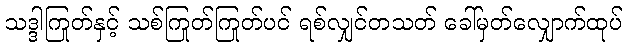
သဒ္ဒါကြုတ်နှင့် သစ်ကြုတ်ကြုတ်ပင် ရစ်လျှင်တသတ် ခေါ်မှတ်လျှောက်ထုပ်